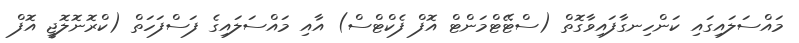
މައްސަލައިގައި ކަންހިނގާފައިވާގޮތް (ސްޓޭޓްމަންޓް އޮފް ފެކްޓްސް) އާއި މައްސަލައިގެ ފަސްފަހަތް (ކްރޮނޮލޮޖީ އޮފް